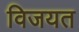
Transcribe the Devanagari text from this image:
विजयत